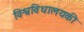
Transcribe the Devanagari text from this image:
विश्वविधालयकी